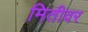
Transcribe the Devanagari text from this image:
मितीवर